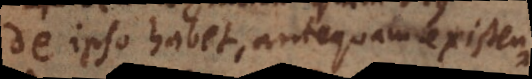
de ipso habet, antequam existentiam